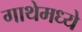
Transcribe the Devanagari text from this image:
गाथेमध्ये